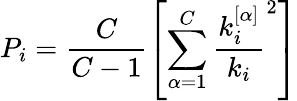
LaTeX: P_{i}=\frac{C}{C-1}\left[\sum_{\alpha=1}^{C}{\frac{k_{i}^{[\alpha]}}{k_{i}}^{2}}\right]